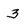
Character: 3